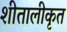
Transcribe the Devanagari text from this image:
शीतालीकृत